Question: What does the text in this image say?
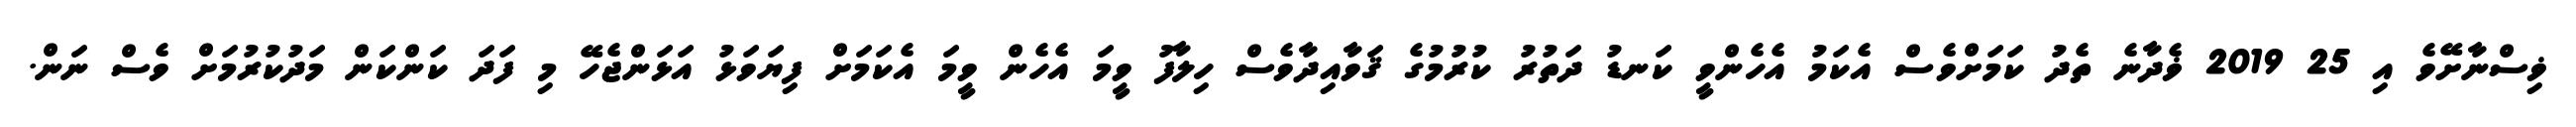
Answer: ޥިސްނާށޭވެ އި 25 2019 ޥެދާނެ ތެދު ކަމަށްވެސް އެކަމު އެހެންވީ ކަނޑު ދަތުރު ކުރުމުގެ ޤަވާއިދާވެސް ހިލާފު ވީމަ އެހެން ވީމަ އެކަމަށް ފިޔަވަޅު އަޅަންޖެހޭ މި ފަދަ ކަންކަން މަދުކުރުމަށް ވެސް ނަން.